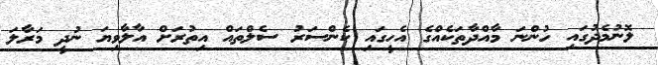
ލޮނުމެދުގައި ހުންނަ މާއްދާތަކެއްގެ އެހީގައި ކެންސަރު ސެލްތައް އިތުރަށް އާލާވިޔަ ނުދީ މަރާލަ